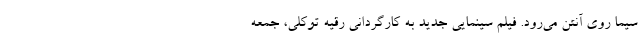
سیما روی آنتن می‌رود. فیلم سینمایی جدید به کارگردانی رقیه توکلی، جمعه